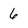
Character: 6